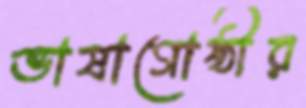
ভাষাগোষ্ঠীর